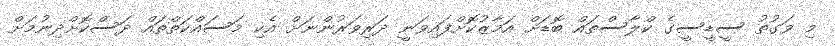
މި ވަގުތު ސީޑީސީގެ ކްލާސްތައް ބޮޑަށް އަމާޒުކޮށްފައިވަނީ ދަރިވަރުންނަށް އެކި މަސައްކަތްތައް ދަސްކޮށްދިނުމަށް